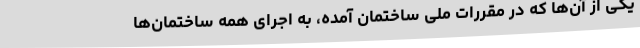
یکی از آن‌ها که در مقررات ملی ساختمان آمده، به اجرای همه ساختمان‌ها